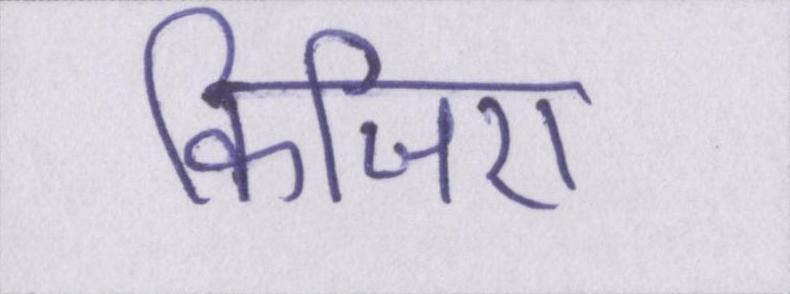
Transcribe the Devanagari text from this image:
किजिए